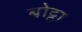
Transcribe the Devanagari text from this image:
बोट्टा